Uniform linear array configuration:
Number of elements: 12
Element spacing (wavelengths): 0.75
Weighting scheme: exponential
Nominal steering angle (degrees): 0
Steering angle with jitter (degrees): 0.5547
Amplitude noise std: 0.05
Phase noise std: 0.05

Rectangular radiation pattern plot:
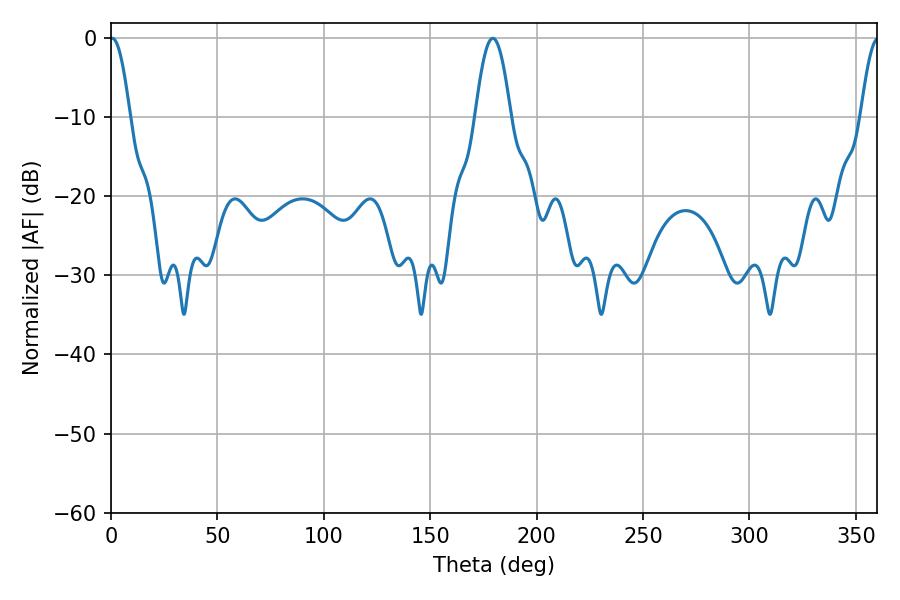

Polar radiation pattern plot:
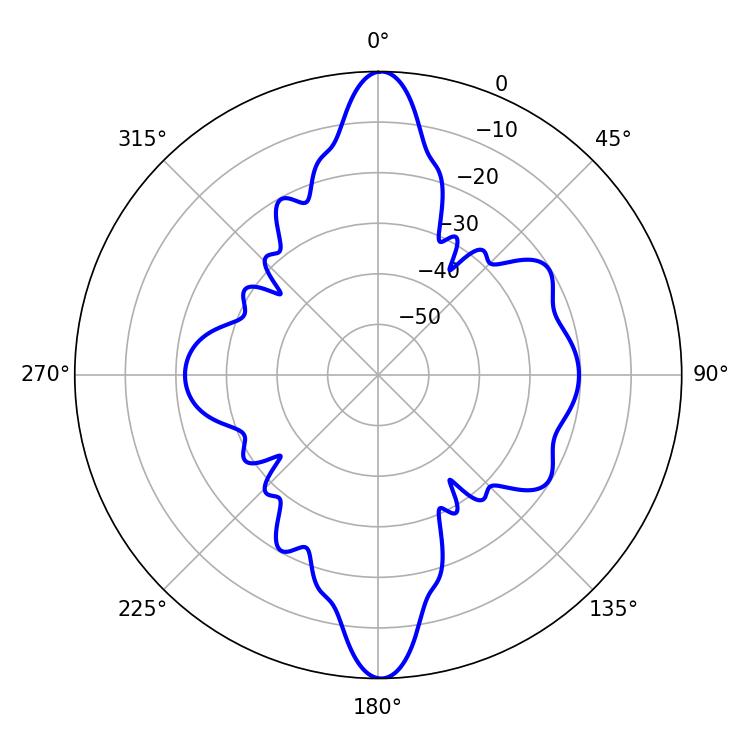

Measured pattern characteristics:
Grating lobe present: TRUE
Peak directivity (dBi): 24.536
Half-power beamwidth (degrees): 5.04
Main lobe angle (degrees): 0.54